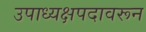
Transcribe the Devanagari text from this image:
उपाध्यक्षपदावरून